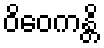
ဝိဝေကန္တိ